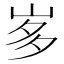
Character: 𭖚